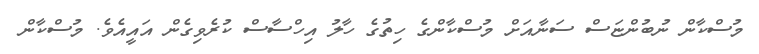
މުސްކާން ނުބުންޏަސް ސަނާއަށް މުސްކާންގެ ހިތުގެ ހާލު އިހްސާސް ކުރެވިގެން އައީއެވެ. މުސްކާން